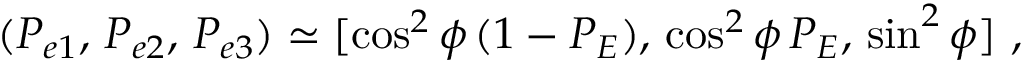
( P _ { e 1 } , \, P _ { e 2 } , \, P _ { e 3 } ) \simeq [ \cos ^ { 2 } \phi \, ( 1 - P _ { E } ) , \, \cos ^ { 2 } \phi \, P _ { E } , \, \sin ^ { 2 } \phi ] \ ,